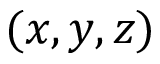
( x , y , z )